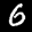
Label: 6